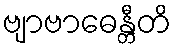
ဗျာဗာဓေန္တီတိ